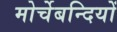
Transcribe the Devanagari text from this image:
मोर्चेबन्दियों